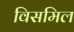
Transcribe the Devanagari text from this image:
विसमिल